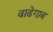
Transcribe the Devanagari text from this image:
वाढेगाव